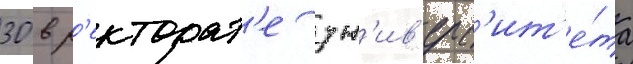
30 в р'екторат'е ун'ив'ерс'ит'е́та